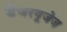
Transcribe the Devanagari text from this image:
डेंजरयूजेज